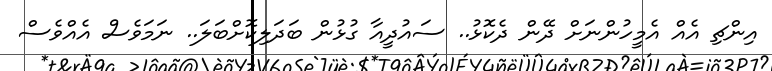
އިންޗި އެއް އެމީހުންނަށް ދޭން ދެކޮޅު.. ސައުދީއާ ގުޅުން ބަދަލިކޮށްބަލަ.. ނަމަވެސް އެއްވެސް